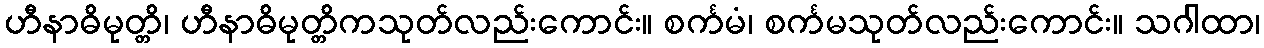
ဟီနာဓိမုတ္တိ၊ ဟီနာဓိမုတ္တိကသုတ်လည်းကောင်း။ စင်္ကမံ၊ စင်္ကမသုတ်လည်းကောင်း။ သဂါထာ၊